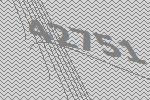
42751